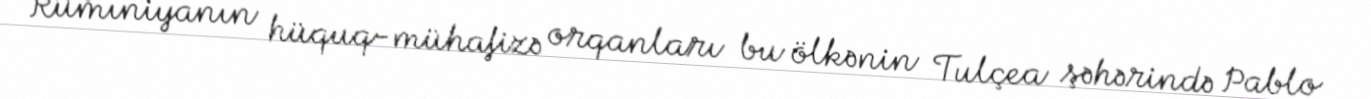
Rumıniyanın hüquq-mühafizə orqanları bu ölkənin Tulçea şəhərində Pablo